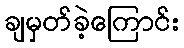
ချမှတ်ခဲ့ကြောင်း